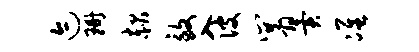
迹珊赧致入彼巽翼准